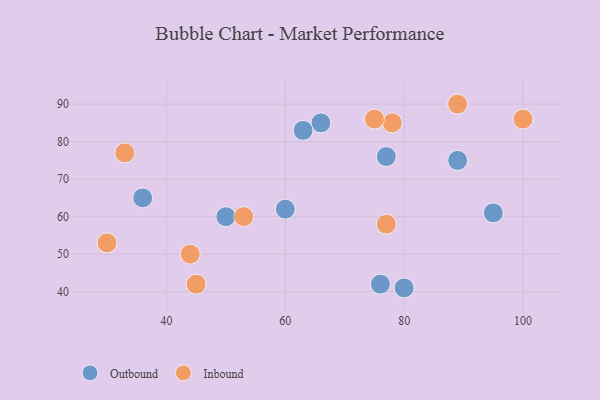
{"axis": {"x": "GDP", "y": "Life Expectancy"}, "legend": ["Inbound", "Outbound"], "data": [{"x": "66", "y": 85, "type": "Outbound"}, {"x": "80", "y": 41, "type": "Outbound"}, {"x": "77", "y": 76, "type": "Outbound"}, {"x": "50", "y": 60, "type": "Outbound"}, {"x": "60", "y": 62, "type": "Outbound"}, {"x": "63", "y": 83, "type": "Outbound"}, {"x": "95", "y": 61, "type": "Outbound"}, {"x": "36", "y": 65, "type": "Outbound"}, {"x": "89", "y": 75, "type": "Outbound"}, {"x": "76", "y": 42, "type": "Outbound"}, {"x": "53", "y": 60, "type": "Inbound"}, {"x": "78", "y": 85, "type": "Inbound"}, {"x": "30", "y": 53, "type": "Inbound"}, {"x": "44", "y": 50, "type": "Inbound"}, {"x": "33", "y": 77, "type": "Inbound"}, {"x": "100", "y": 86, "type": "Inbound"}, {"x": "45", "y": 42, "type": "Inbound"}, {"x": "89", "y": 90, "type": "Inbound"}, {"x": "77", "y": 58, "type": "Inbound"}, {"x": "75", "y": 86, "type": "Inbound"}]}